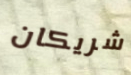
شريكان